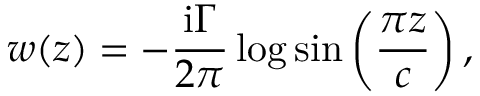
w ( z ) = - { \frac { \mathrm { i } \Gamma } { 2 \pi } } \log \sin \left( { \frac { \pi z } { c } } \right) ,